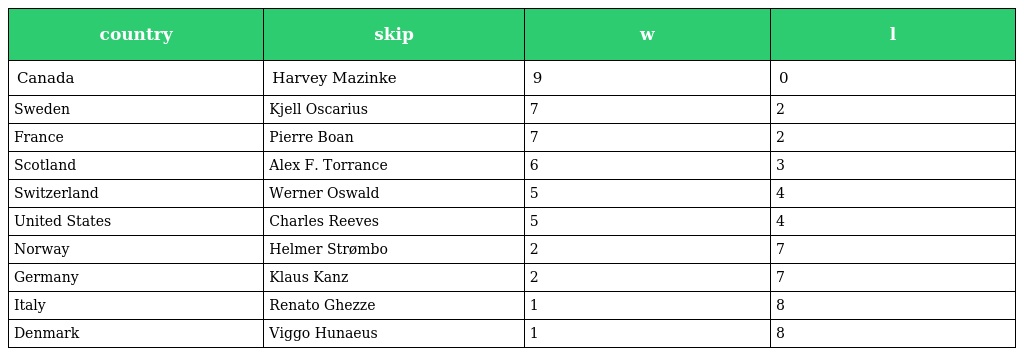
| country | skip | w | l |
 | --- | --- | --- | --- |
 | Canada | Harvey Mazinke | 9 | 0 |
 | Sweden | Kjell Oscarius | 7 | 2 |
 | France | Pierre Boan | 7 | 2 |
 | Scotland | Alex F. Torrance | 6 | 3 |
 | Switzerland | Werner Oswald | 5 | 4 |
 | United States | Charles Reeves | 5 | 4 |
 | Norway | Helmer Strømbo | 2 | 7 |
 | Germany | Klaus Kanz | 2 | 7 |
 | Italy | Renato Ghezze | 1 | 8 |
 | Denmark | Viggo Hunaeus | 1 | 8 |